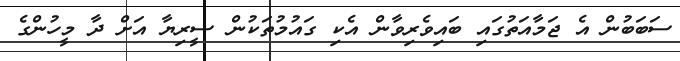
ސަބަބުން އެ ޖަމާއަތުގައި ބައިވެރިވާން އެކި ގައުމުތަކުން ސީރިޔާ އަށް ދާ މީހުންގެ